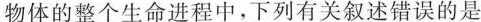
物体的整个生命进程中，下列有关叙述错误的是